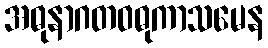
အဓုနာဂတဝဓုကာသမေန